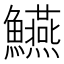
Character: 𩽒